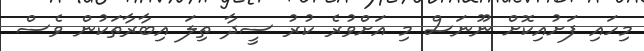
މިހައި ފަށުއިކޮށް ނޫނަސް މި އަށްވުރެ ކުރު ސީދާ ތިލަ އިބާރާތަކުން ވެސް